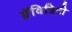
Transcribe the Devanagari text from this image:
ग्रॅविडिटी